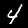
Digit: 4